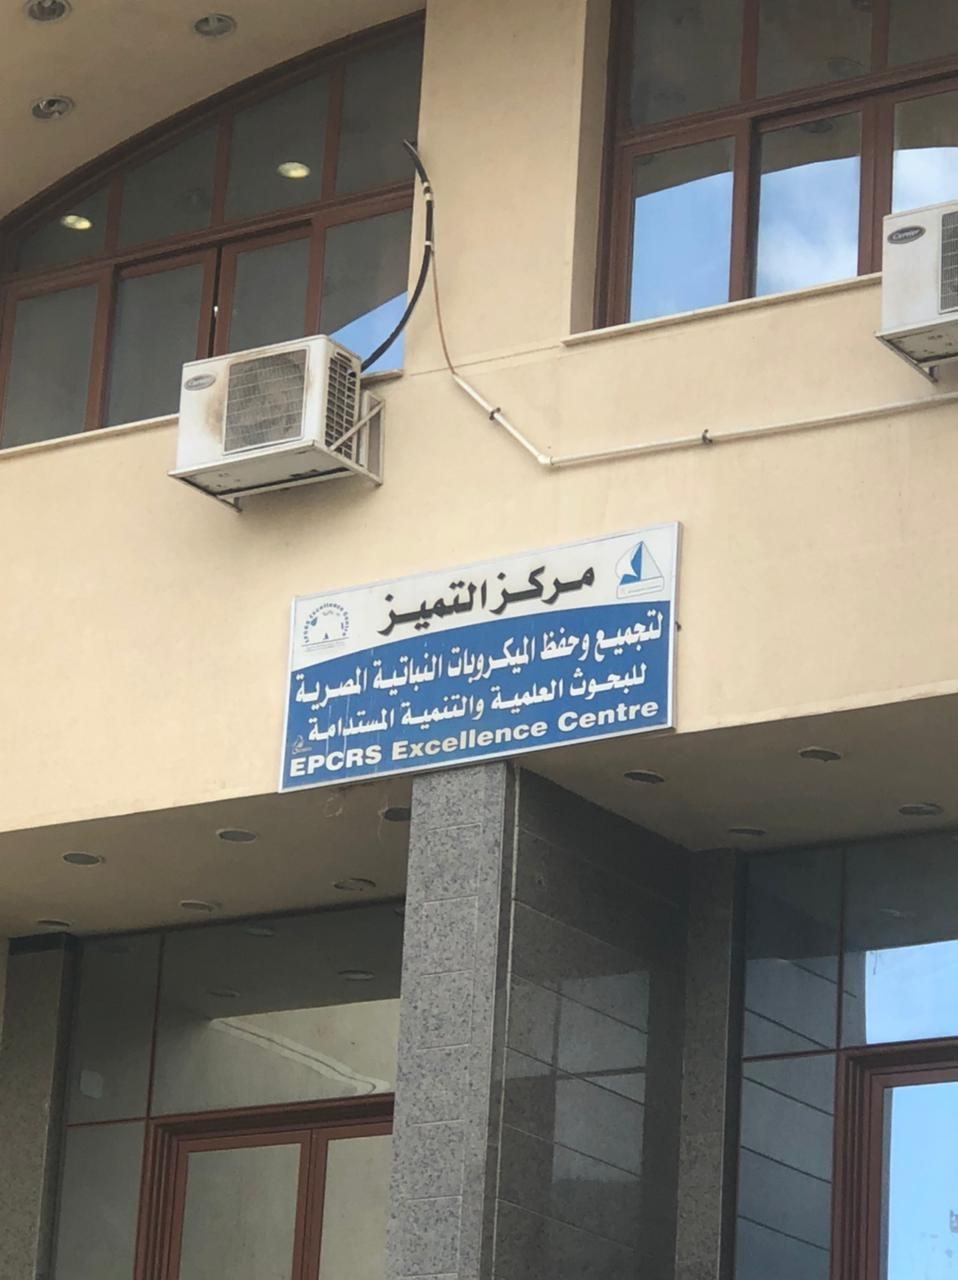
Text in image: مركز التميز لتجميع وحفظ الميكروبات النباتية للبحوث المصرية العملية والتنمية المستدامة Centre Excellence EPCRS